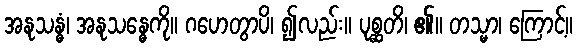
အနုသန္ဓံ၊ အနုသန္ဓေကို။ ဂဟေတွာပိ၊ ၍လည်း။ ပုစ္ဆတိ၊ ၏။ တသ္မာ၊ ကြောင့်။